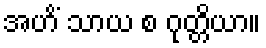
အဟိံ သာယ စ ဂုတ္တိယာ။